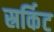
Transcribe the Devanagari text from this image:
स्रर्किट